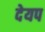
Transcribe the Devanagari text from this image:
देयप